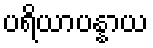
ပရိယာပန္နာယ